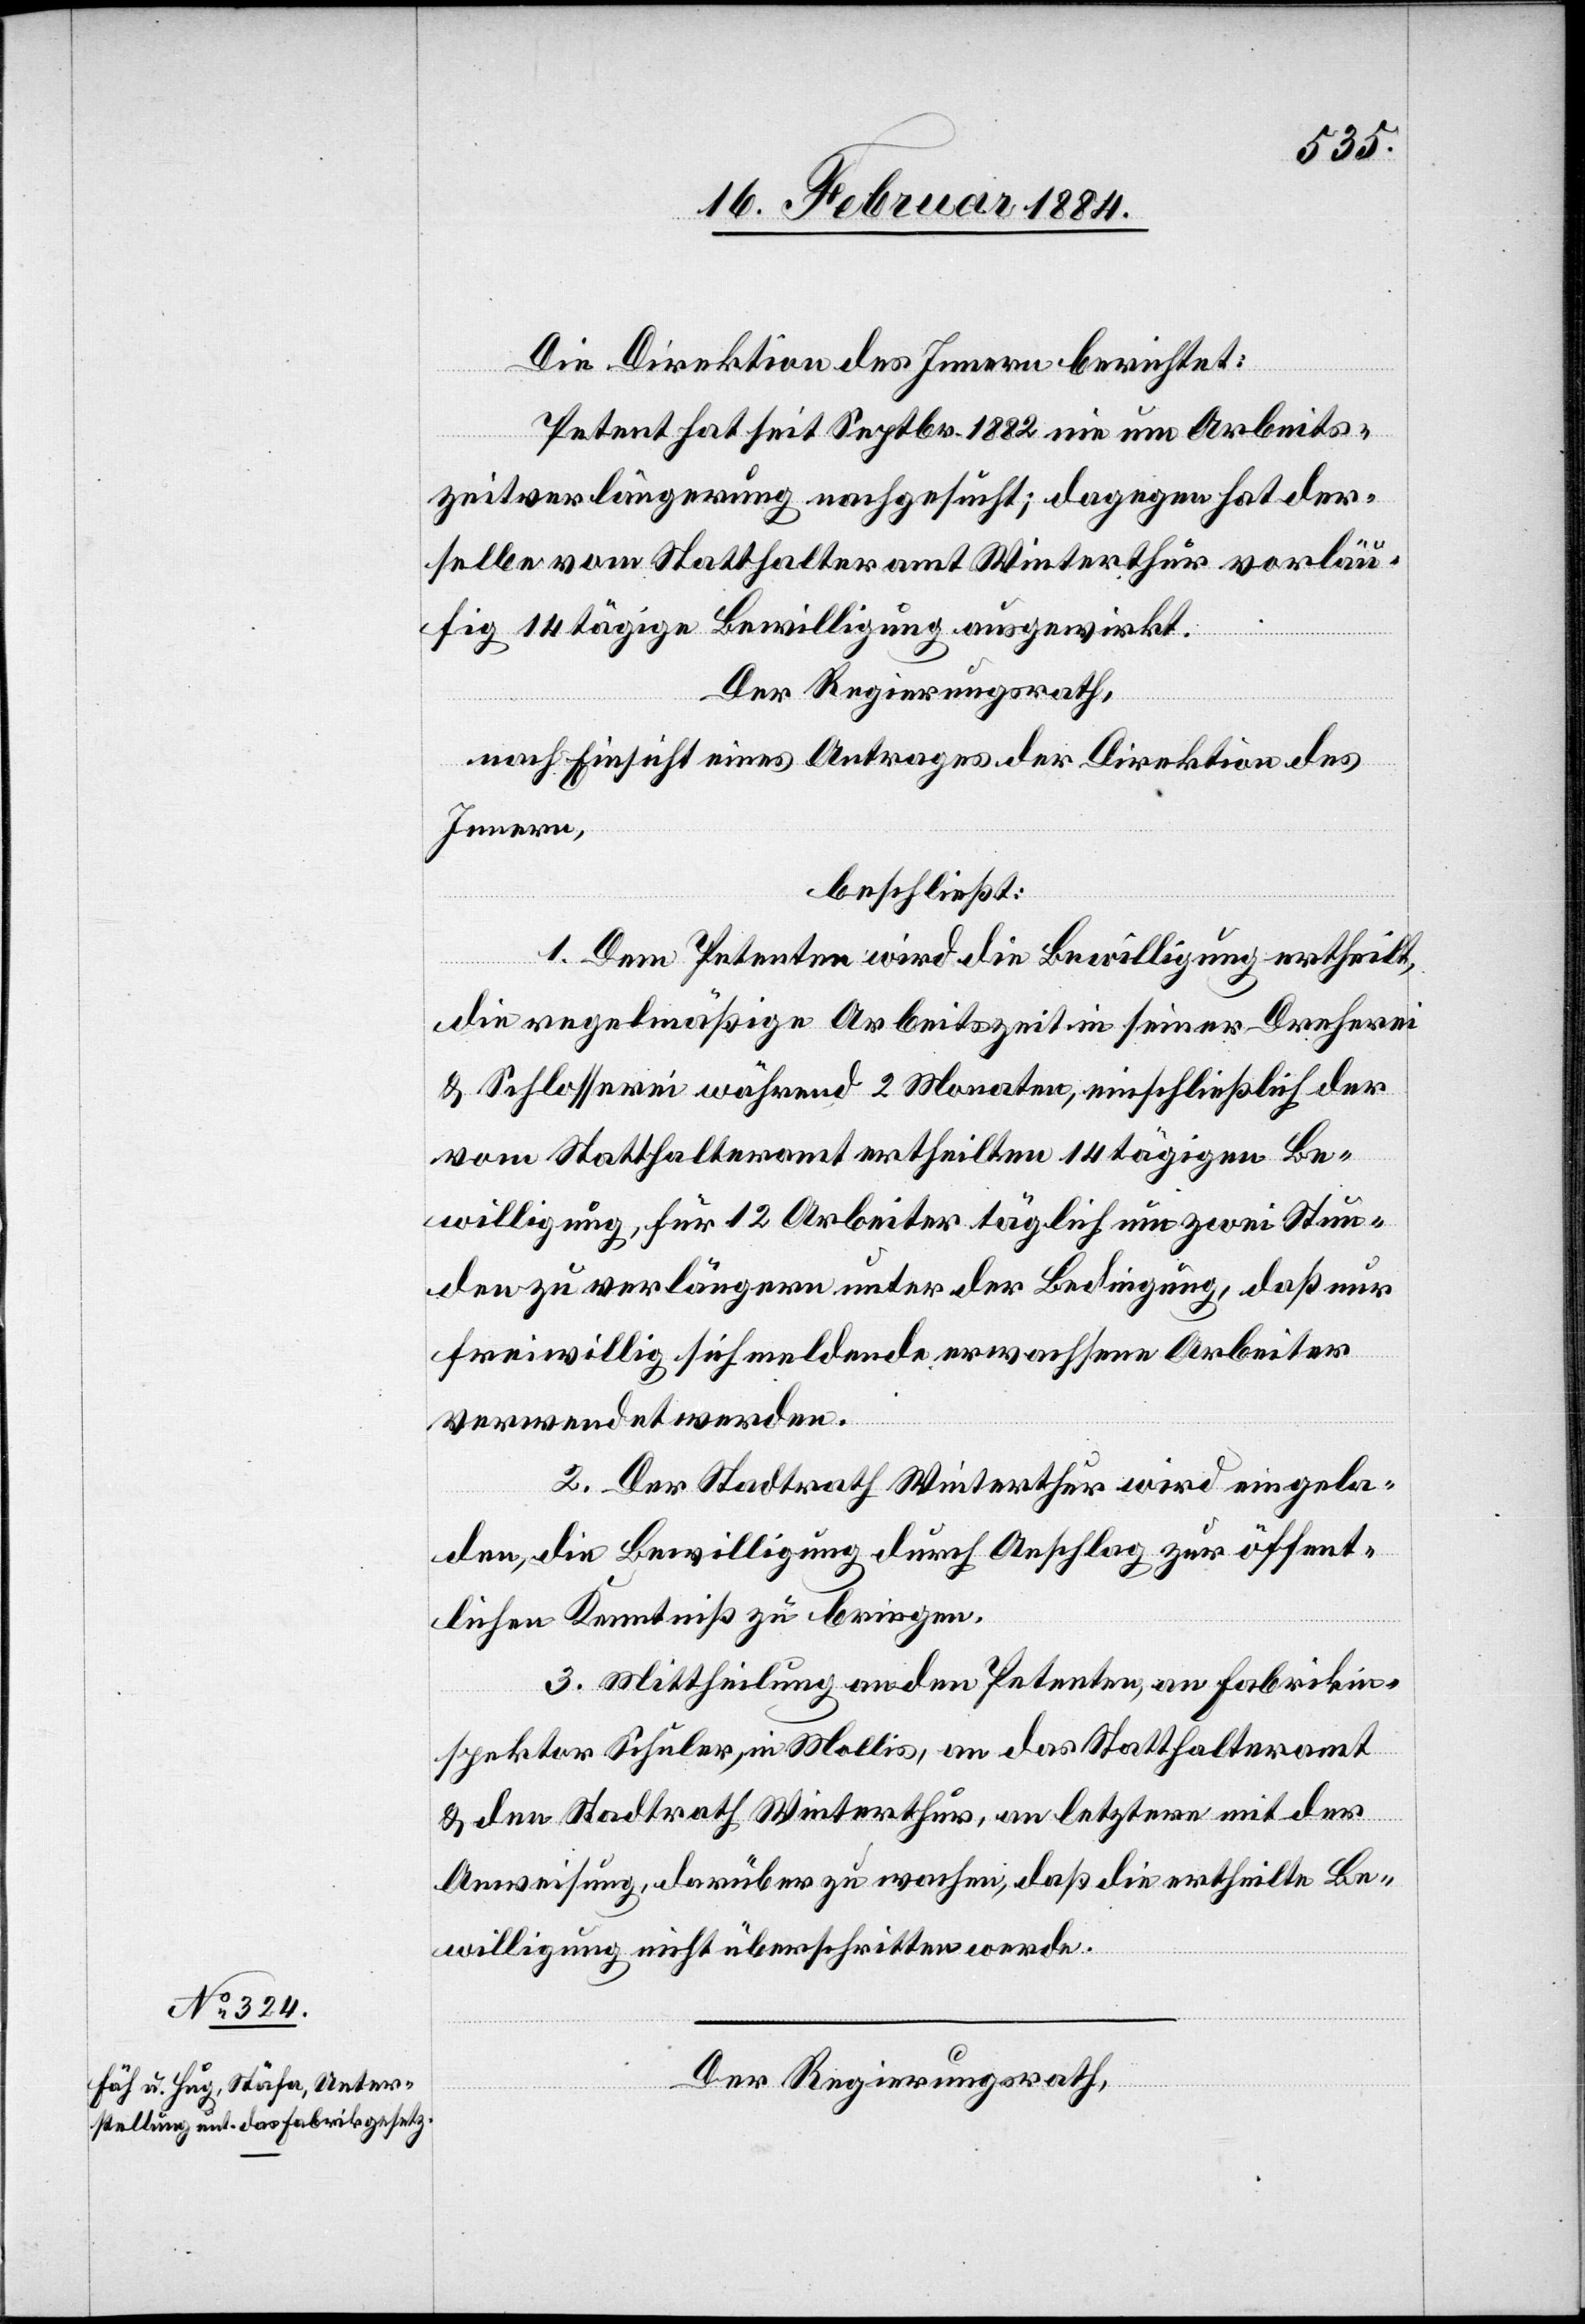
Die Direktion des Innern berichtet:
Petent hat seit Septbr. 1882 nie um Arbeits¬
zeitverlängerung nachgesucht; dagegen hat der¬
selbe vom Statthalteramt Winterthur vorläu¬
fig 14tägige Bewilligung ausgewirkt.
Der Regierungsrath,
nach Einsicht eines Antrages der Direktion des
Innern,
beschließt:
1. Dem Petenten wird die Bewilligung ertheilt,
die regelmäßig Arbeitszeit in seiner Dreherei
& Schlosserei während 2 Monaten, einschließlich der
vom Statthalteramt ertheilten 14tägigen Be¬
willigung, für 12 Arbeiter täglich um zwei Stun¬
den zu verlängern unter der Bedingung, daß nur
freiwillig sich meldende erwachsene Arbeiter
verwendet werden.
2. Der Stadtrath Winterthur wird eingela¬
den, die Bewilligung durch Anschlag zur öffent¬
lichen Kenntniß zu bringen.
3. Mittheilung an den Petenten, an Fabrikin¬
spektor Schuler, in Mollis, an das Statthalteramt
& den Stadtrath Winterthur, an letztere mit der
Anweisung, darüber zu wachen, daß die ertheilte Be¬
willigung nicht überschritten werde.
Der Regierungsrath,